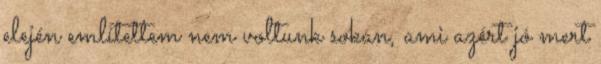
elején említettem nem voltunk sokan, ami azért jó mert